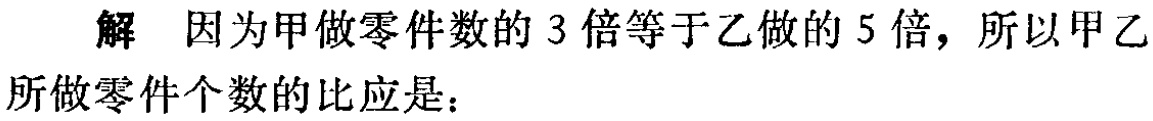
解 因为甲做零件数的 3 倍等于乙做的 5 倍，所以甲乙所做零件个数的比应是：